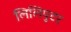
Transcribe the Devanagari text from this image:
लिलिपुटर